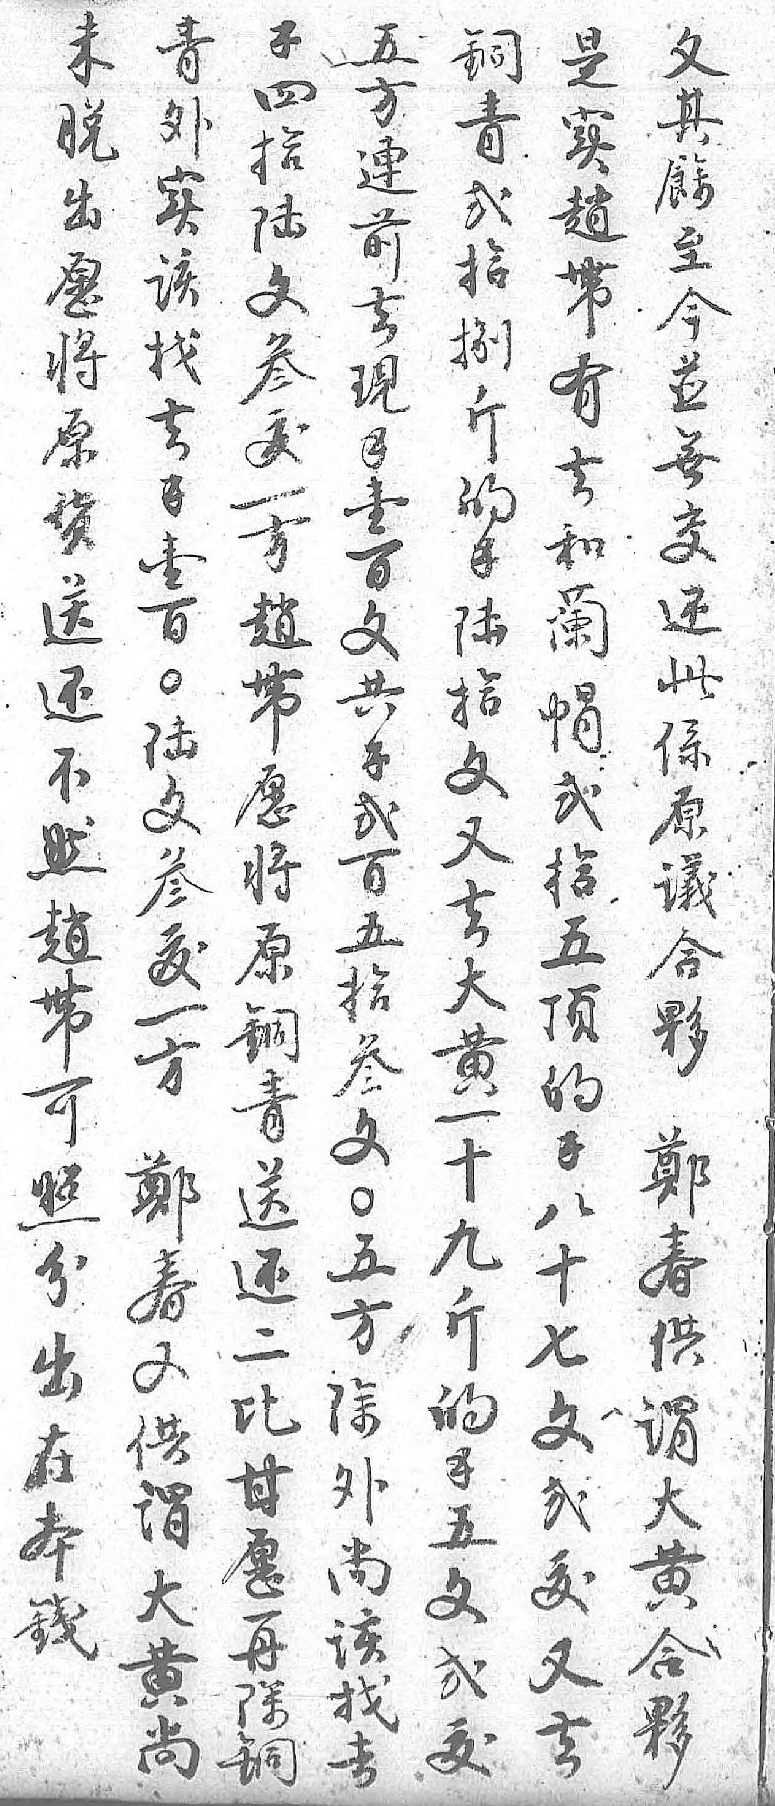
青未銅五錢是文外脱青方四实其实出弍連拾趙餘该愿拾前六帶至找将捌去文有今去原斤現叁去並錢货的錢犮和無壹送錢壹一蘭交百还陆百方帽还〇不拾文趙弍此陆然文共带拾係文趙又錢愿五原叁帶去弍将顶議犮可大百原的合一照黄五銅錢夥方分一拾青八鄭鄭出十叁送十春春在九文还七供又本斤〇二文谓供錢的五比弍大谓 錢方甘犮黄大 五除愿又合黄 文外再去夥尚 弍尚除    犮该銅     找      去